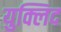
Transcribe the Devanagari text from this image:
युक्लिद